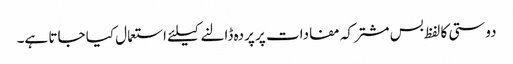
دوستی کا لفظ بس مشترکہ مفادات پر پردہ ڈالنے کیلئے استعمال کیا جاتا ہے۔